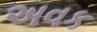
અવક